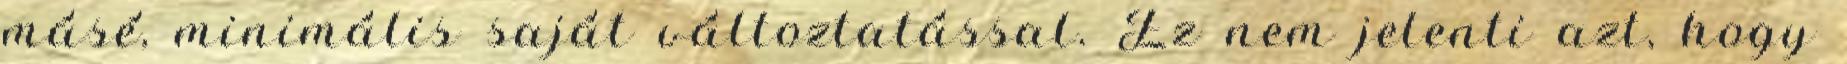
másé, minimális saját változtatással. Ez nem jelenti azt, hogy